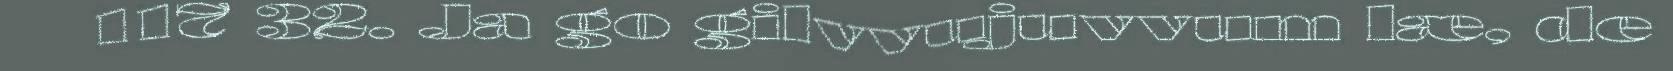
117 32. Ja go gilvvujuvvum læ, de